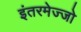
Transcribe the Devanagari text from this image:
इंतरमेज्जो